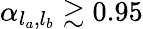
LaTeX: \alpha_{l_{a},l_{b}}\gtrsim 0.95